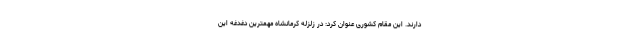
دارند. این مقام کشوری عنوان کرد: در زلزله کرمانشاه مهمترین دغدغه این